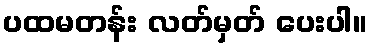
ပထမတန်း လတ်မှတ် ပေးပါ။